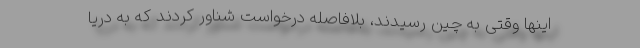
اینها وقتی به چین رسیدند، بلافاصله درخواست شناور کردند که به دریا